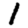
Digit: 1